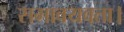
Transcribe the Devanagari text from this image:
समावयवता।